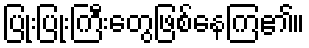
ပြုံးပြုံးကြီးတွေဖြစ်နေကြ၏။